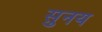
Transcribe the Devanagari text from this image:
सुनय